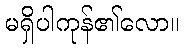
မရှိပါကုန်၏လော။